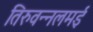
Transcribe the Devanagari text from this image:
तिरुवन्नलमई